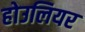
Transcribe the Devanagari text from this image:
होउलियर